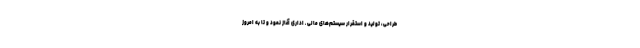
طراحی، تولید و استقرار سیستم‌های مالی ـ اداری آغاز نمود و تا به امروز